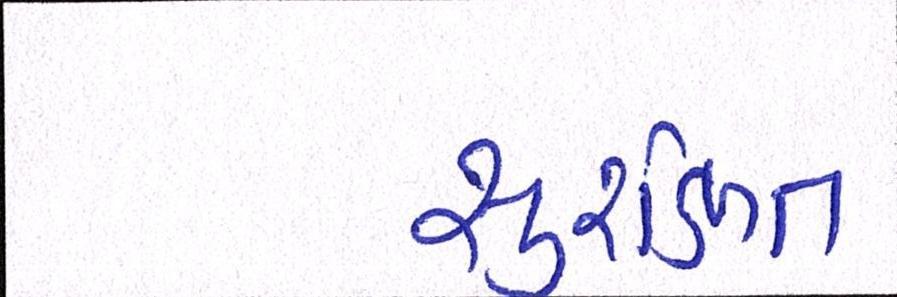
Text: સુરક્ષિત